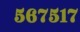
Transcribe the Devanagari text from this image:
५६७५१७